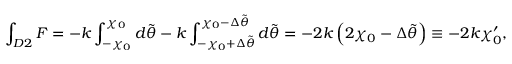
\int _ { D 2 } F = - k \int _ { - \chi _ { 0 } } ^ { \chi _ { 0 } } d \tilde { \theta } - k \int _ { - \chi _ { 0 } + \Delta \tilde { \theta } } ^ { \chi _ { 0 } - \Delta \tilde { \theta } } d \tilde { \theta } = - 2 k \left( 2 \chi _ { 0 } - \Delta \tilde { \theta } \right) \equiv - 2 k \chi _ { 0 } ^ { \prime } ,